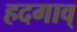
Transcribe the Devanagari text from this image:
हदगाव्